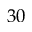
3 0